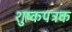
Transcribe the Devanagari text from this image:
शुष्कपत्रक